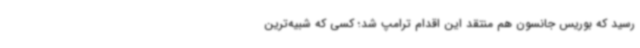
رسید که بوریس جانسون هم منتقد این اقدام ترامپ شد؛ کسی که شبیه‌ترین